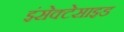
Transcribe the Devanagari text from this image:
इंसेक्टेसाइड